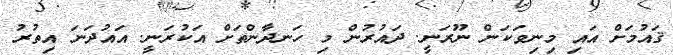
ޤައުމަށް އައި މިނިވަކަން ނޫރަނީ. ދައުރުން މި ހަނދާންތަށް އަކުރަނީ. އައުދަނަ އިތުރު